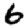
Digit: 6